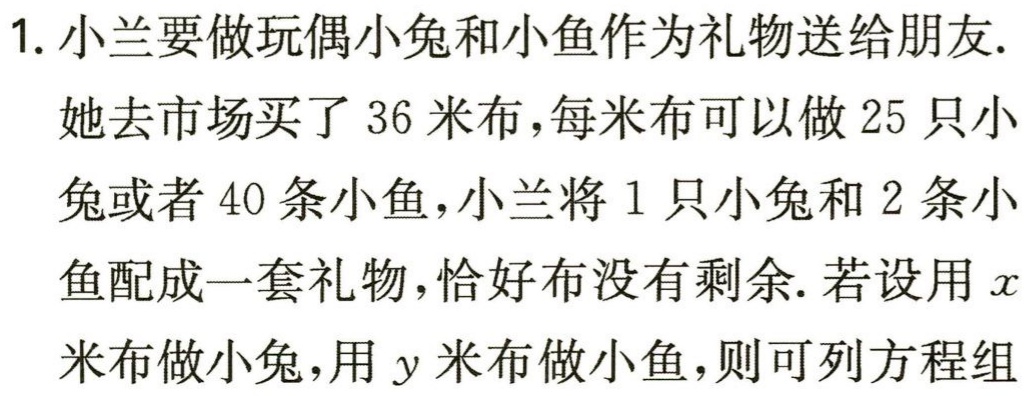
1. 小兰要做玩偶小兔和小鱼作为礼物送给朋友.

她去市场买了$36$米布，每米布可以做$25$只小兔或者$40$条小鱼，小兰将$1$只小兔和$2$条小鱼配成一套礼物，恰好布没有剩余. 若设用$x$米布做小兔，用$y$米布做小鱼，则可列方程组